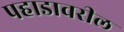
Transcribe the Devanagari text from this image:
पहाडावरील